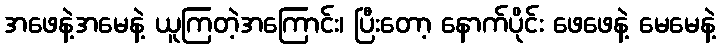
အဖေနဲ့အမေနဲ့ ယူကြတဲ့အကြောင်း၊ ပြီးတော့ နောက်ပိုင်း ဖေဖေနဲ့ မေမေနဲ့